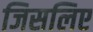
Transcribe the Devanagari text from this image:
जिसलिए